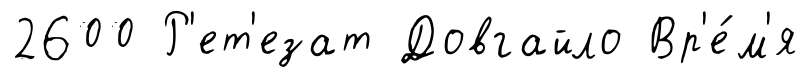
2600 Р'ет'езат Довгайло Вр'е́м'я